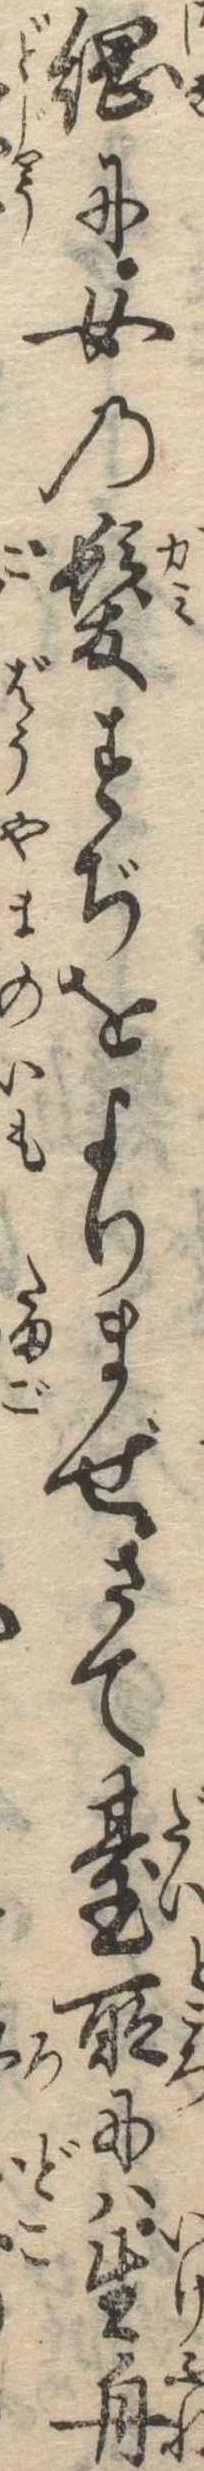
綱に女の髪すぢをよりまぜさて台所には生舟